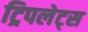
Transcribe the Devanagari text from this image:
ट्रिपलेट्स